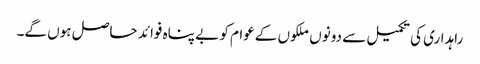
راہداری کی تکمیل سے دونوں ملکوں کےعوام کو بے پناہ فوائد حاصل ہوں گے۔